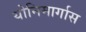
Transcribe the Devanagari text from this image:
योनिमार्गास